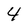
Character: 4